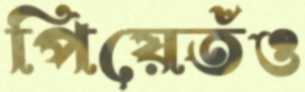
পিয়েতঁও